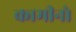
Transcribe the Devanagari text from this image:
कामीनो